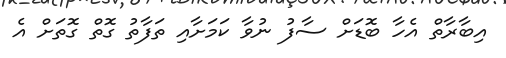
އިބާރާތް އެހާ ބޮޑަށް ސާފު ނުވާ ކަމަށާއި ތަފާތު ގޮތް ގޮތަށް އެ